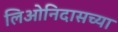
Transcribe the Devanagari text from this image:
लिओनिदासच्या